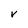
Character: v